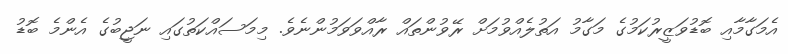
އެމަގާމާއި ބޮޑުވަޒީރުކަމުގެ މަގާމު އަތުލެއްވުމަށް ރޭވުންތައް ރާއްވަވަމުންނެވެ. މިމަސައްކަތުގައި ނަޖީބުގެ އެންމެ ބޮޑު